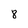
Character: 8